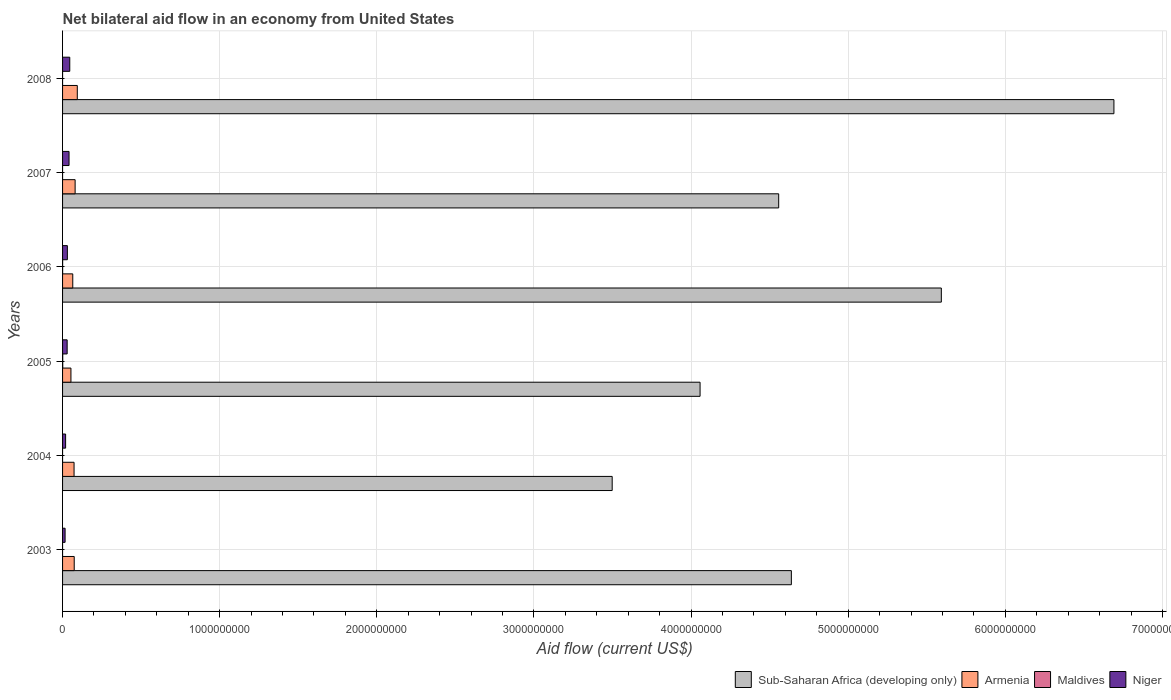
| Years | Sub-Saharan Africa (developing only) | Armenia | Maldives | Niger |
 | --- | --- | --- | --- | --- |
 | 2003 | 4.64e+09 | 7.42e+07 | -9e+04 | 1.61e+07 |
 | 2004 | 3.5e+09 | 7.31e+07 | -9e+04 | 1.93e+07 |
 | 2005 | 4.06e+09 | 5.33e+07 | 1.09e+06 | 2.92e+07 |
 | 2006 | 5.59e+09 | 6.49e+07 | 3.7e+05 | 3.06e+07 |
 | 2007 | 4.56e+09 | 7.99e+07 | -8e+04 | 4.13e+07 |
 | 2008 | 6.69e+09 | 9.38e+07 | -4e+04 | 4.59e+07 |